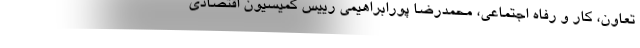
تعاون، کار و رفاه اجتماعی، محمدرضا پورابراهیمی رییس کمیسیون اقتصادی